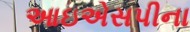
આઇએસપીના